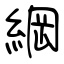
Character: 綱